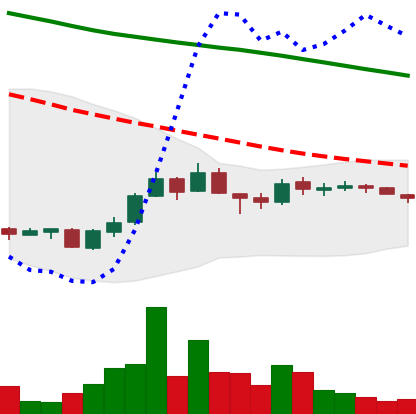
Ticker: ADA-USD
Chart end date: 2018-10-03
Forward return: 7.201%
Label: up_7plus